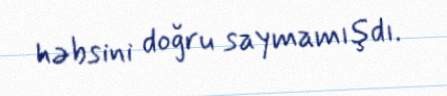
həbsini doğru saymamışdı.